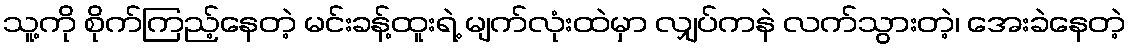
သူ့ကို စိုက်ကြည့်နေတဲ့ မင်းခန့်ထူးရဲ့ မျက်လုံးထဲမှာ လျှပ်ကနဲ လက်သွားတဲ့၊ အေးခဲနေတဲ့